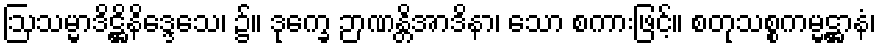
ဩသမ္မာဒိဋ္ဌိနိဒ္ဒေသေ၊ ၌။ ဒုက္ခေ ဉာဏန္တိအာဒိနာ၊ သော စကားဖြင့်။ စတုသစ္စကမ္မဋ္ဌာနံ၊